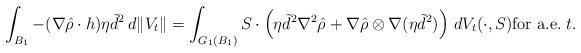
LaTeX: \begin{align*}\int_{B_1}-(\nabla{\hat\rho}\cdot h)\eta{\tilde d}^2\, d\|V_t\|=\int_{G_1(B_1)}S\cdot \left(\eta{\tilde d}^2\nabla^2{\hat\rho}+\nabla{\hat\rho}\otimes\nabla(\eta{\tilde d}^2)\right)\, dV_t(\cdot,S) \mbox{for a.e.} \; t.\end{align*}